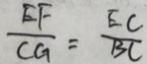
\frac { E F } { C G } = \frac { E C } { B C }